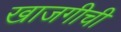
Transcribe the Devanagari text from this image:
खाजगीची